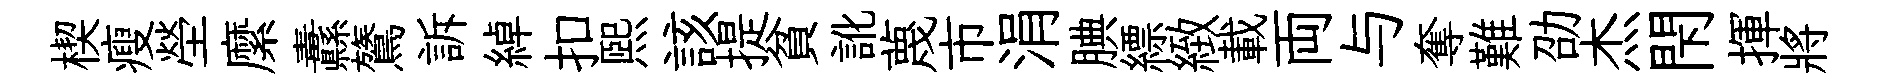
楔瘦塋縻纛鷟訴綽扣煕該提貧訛蔑市涓腆縹緻載両与奪難劭杰閇揮將